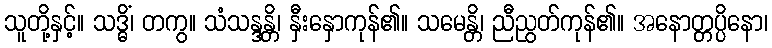
သူတို့နှင့်။ သဒ္ဓိံ၊ တကွ။ သံသန္ဒန္တိ၊ နှီးနှောကုန်၏။ သမေန္တိ၊ ညီညွတ်ကုန်၏။ အနောတ္တပ္ပိနော၊